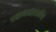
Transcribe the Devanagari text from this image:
पक्षाघातासाठीचे